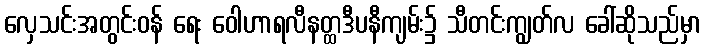
လှေသင်းအတွင်းဝန် ရေး ဝေါဟာရလီနတ္ထဒီပနီကျမ်း၌ သီတင်းကျွတ်လ ခေါ်ဆိုသည်မှာ